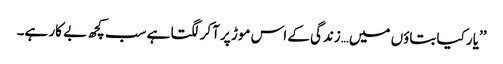
’’یار کیا بتاؤں میں…زندگی کے اس موڑ پر آکر لگتا ہے سب کچھ بے کار ہے۔